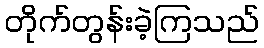
တိုက်တွန်းခဲ့ကြသည်